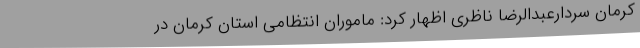
کرمان سردارعبدالرضا ناظری اظهار کرد: ماموران انتظامی استان کرمان در